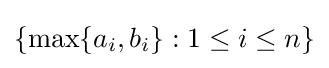
\{\max\{a_{i},b_{i}\}:1\leq i\leq n\}